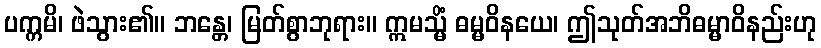
ပက္ကမိ၊ ဖဲသွား၏။ ဘန္တေ၊ မြတ်စွာဘုရား။ ဣမသ္မိံ ဓမ္မဝိနယေ၊ ဤသုတ်အဘိဓမ္မာဝိနည်းဟု